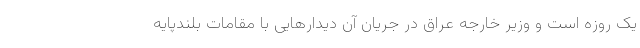
یک روزه است و وزیر خارجه عراق در جریان آن دیدارهایی با مقامات بلندپایه